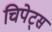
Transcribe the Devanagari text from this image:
चिपेट्स